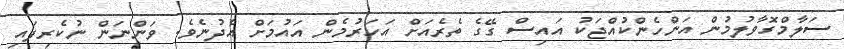
ސަލާމްގޮވާލުމުން އަންހެންކުއްޖަކު އައިސް ގޭގެ ތެރެއަށް އަހަރުމެން އައުމަށް އެދުނެވެ. ވަންނަން ނުކެރިފައި